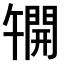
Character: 𫔦